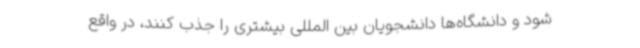
شود و دانشگاه‌ها دانشجویان بین المللی بیشتری را جذب کنند، در واقع